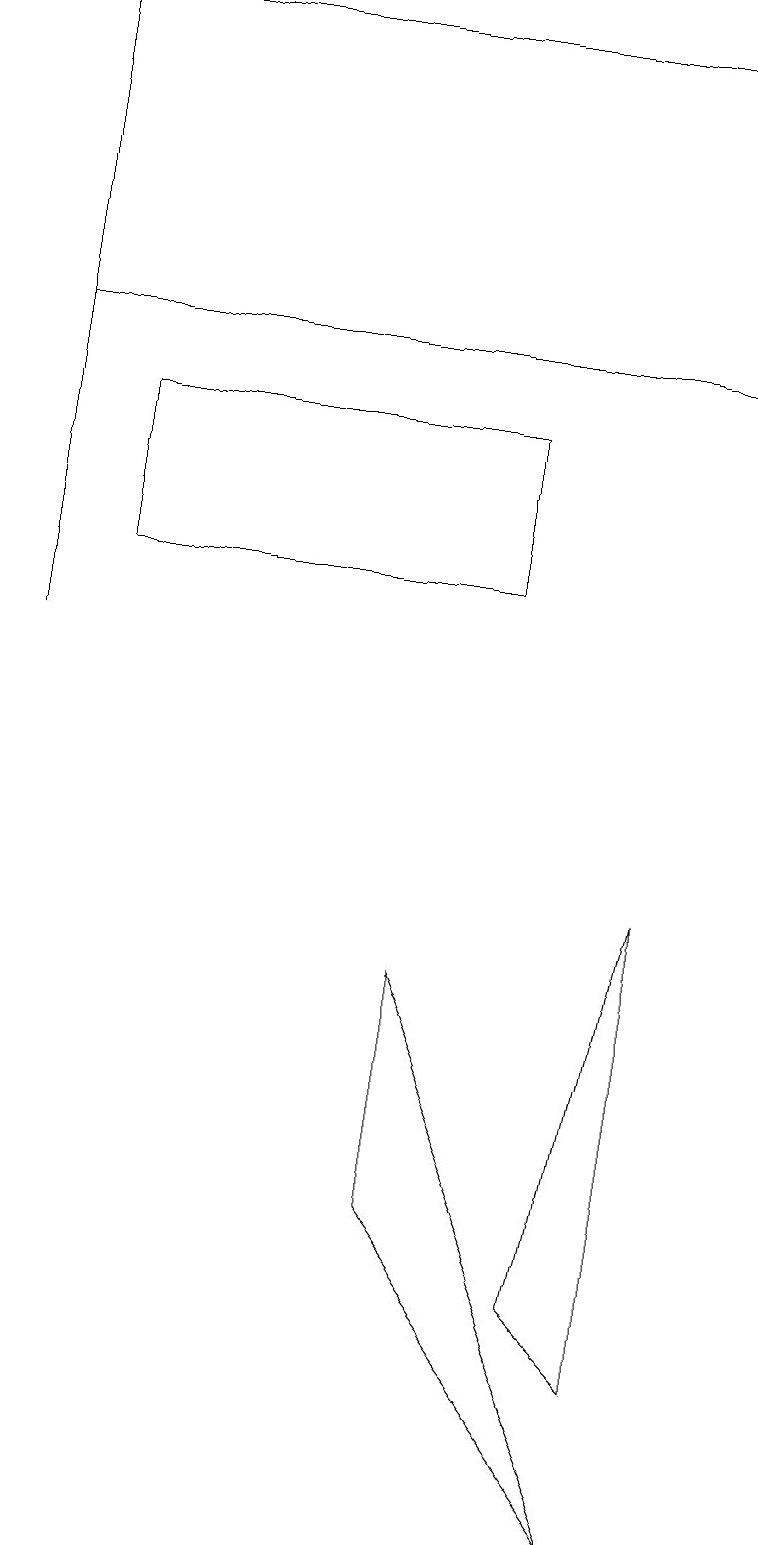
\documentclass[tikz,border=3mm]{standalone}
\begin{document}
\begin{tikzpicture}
\draw (8,2) -- (7,3) -- (8,8) -- cycle;
\draw (0,11) rectangle (0,15);
\draw (6,12) rectangle (1,14);
\draw (9,19) rectangle (0,15);
\draw (8,0) -- (5,4) -- (5,7) -- cycle;
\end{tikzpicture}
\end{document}